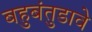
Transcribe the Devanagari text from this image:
बहुबंतुडावे